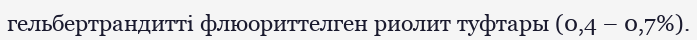
гельбертрандитті флюориттелген риолит туфтары (0,4 – 0,7%).